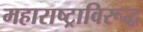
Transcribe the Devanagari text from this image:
महाराष्ट्राविरूद्ध